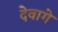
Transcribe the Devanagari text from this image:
देवागे